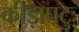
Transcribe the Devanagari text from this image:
कीड़ापटुः